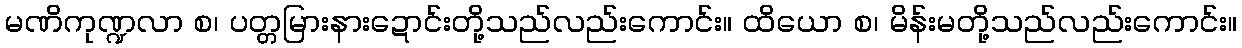
မဏိကုဏ္ဍလာ စ၊ ပတ္တမြားနားဍောင်းတို့သည်လည်းကောင်း။ ထိယော စ၊ မိန်းမတို့သည်လည်းကောင်း။